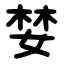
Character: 婪